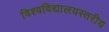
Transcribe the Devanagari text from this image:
विश्वविद्यालयस्तरीय